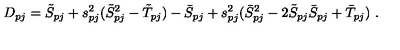
D _ { p j } = \tilde { S } _ { p j } + s _ { p j } ^ { 2 } ( \tilde { S } _ { p j } ^ { 2 } - \tilde { T } _ { p j } ) - \bar { S } _ { p j } + s _ { p j } ^ { 2 } ( \bar { S } _ { p j } ^ { 2 } - 2 \tilde { S } _ { p j } \bar { S } _ { p j } + \bar { T } _ { p j } ) \ .